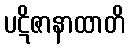
ပဋိဇာနာထာတိ